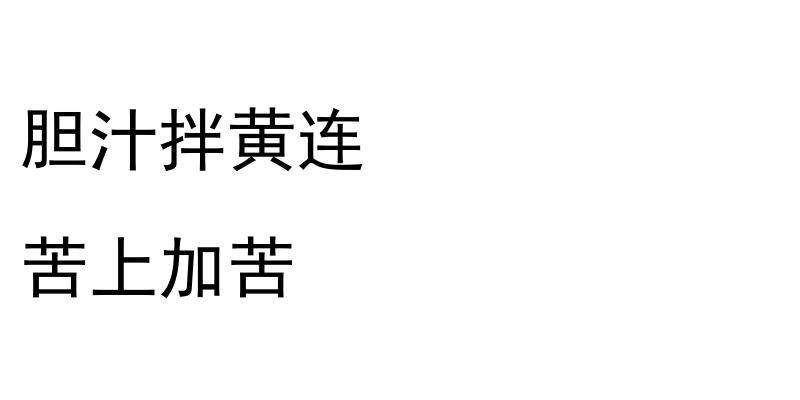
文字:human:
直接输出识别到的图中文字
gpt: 胆汁拌黄连 苦上加苦